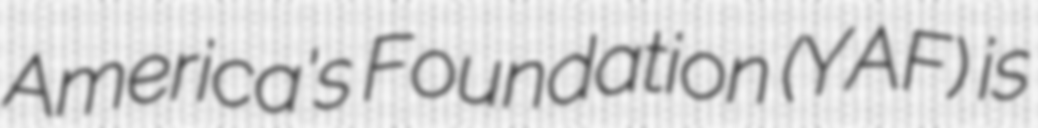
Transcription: America's Foundation (YAF) is